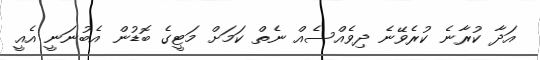
އަދާ ކުރާނެ ކުރެވޭނެ ދިވެއްސެއް ނެތް ކަމަށް މަޓީގެ ބޮޑުން އެބުނަނީ އެއީ